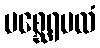
မစ္ဆေရမလံ